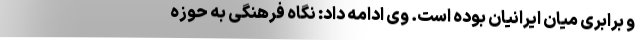
و برابری میان ایرانیان بوده است. وی ادامه داد: نگاه فرهنگی به حوزه